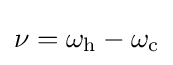
\nu =\omega _{\text{h}}-\omega _{\text{c}}